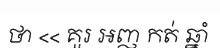
ថា << គួរ អញ កត់ ឆ្នាំ